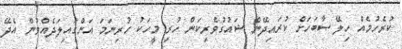
ކުރެހުމެއް ހިލޭ ސާބަހަށް ކުރައިދޭން ޝައުގުވެރިކަން ހުރި މީހަކު ހުރިނަމަ އަންގައިލަދެއްވުން އެދޭ